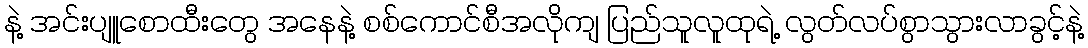
နဲ့ အင်းပျူစောထီးတွေ အနေနဲ့ စစ်ကောင်စီအလိုကျ ပြည်သူလူထုရဲ့ လွတ်လပ်စွာသွားလာခွင့်နဲ့